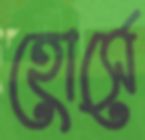
হোর্সে